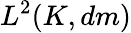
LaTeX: L^{2}(K,dm)